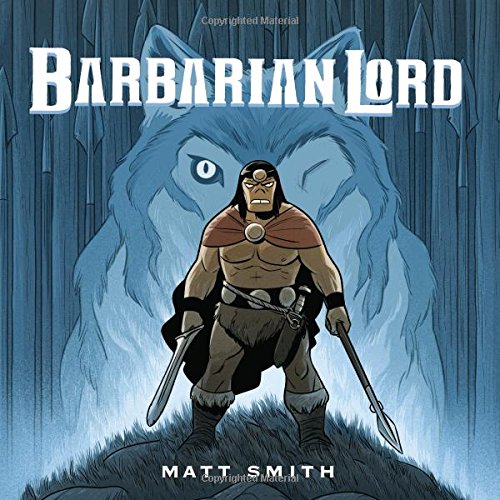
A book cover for Barbarian Lord; Matt Smith; Children's Books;